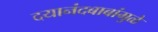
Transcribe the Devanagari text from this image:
दयानंदबाबांमुळे